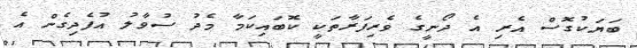
ބަޔަކުގޮސް އެރި އެ ދޯނީގެ ވެރިފަރާތަކީ ކޮބައިކަމާ މެދު ސުވާލު އުފެދިގެން އެ